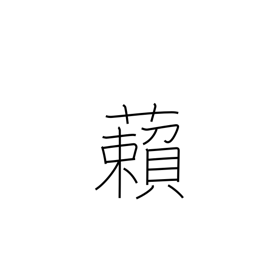
Meaning: cover